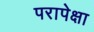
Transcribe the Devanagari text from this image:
परापेक्षा